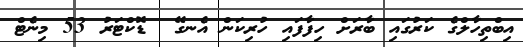
އިބްތިހާލްގެ ކަރުގައި ބާރަށް ހިފާފައި ހުރިކަން އެނގޭ  ޑޮކްޓަރު 53 މިނެޓް